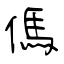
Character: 傌